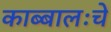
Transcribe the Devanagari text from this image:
काब्बालःचे